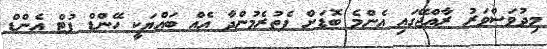
މިދުވަސްވަރު ރާއްޖޭގައި އެންމެ ބޮޑަށް ފެތުރެމުންދާ އެއް ބައްޔަކީ ހޭންޑް ފުޓް އެންޑް